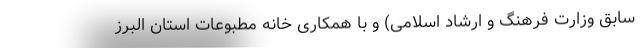
سابق وزارت فرهنگ و ارشاد اسلامی) و با همکاری خانه مطبوعات استان البرز